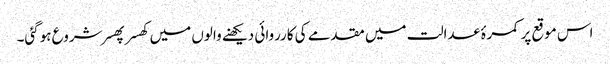
اس موقع پر کمرۂ عدالت میں مقدمے کی کارروائی دیکھنے والوں میں کھسر پھسر شروع ہوگئی۔